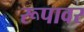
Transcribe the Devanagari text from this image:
रूपावर